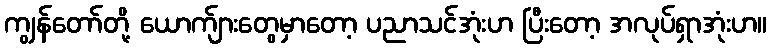
ကျွန်တော်တို့ ယောက်ျားတွေမှာတော့ ပညာသင်အုံးဟ ပြီးတော့ အလုပ်ရှာအုံးဟ။